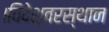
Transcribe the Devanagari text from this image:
।विदेश्वरस्थान